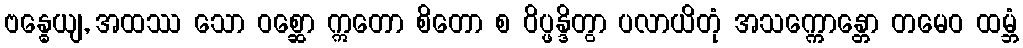
ဗန္ဓေယျ, အထဿ သော ဝစ္ဆော ဣတော စိတော စ ဝိပ္ဖန္ဒိတွာ ပလာယိတုံ အသက္ကောန္တော တမေဝ ထမ္ဘံ